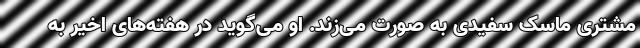
مشتری ماسک سفیدی به‌ صورت می‌زند. او می‌گوید در هفته‌های اخیر به